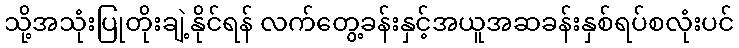
သို့အသုံးပြုတိုးချဲ့နိုင်ရန် လက်တွေ့ခန်းနှင့်အယူအဆခန်းနှစ်ရပ်စလုံးပင်